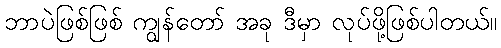
ဘာပဲဖြစ်ဖြစ် ကျွန်တော် အခု ဒီမှာ လုပ်ဖို့ဖြစ်ပါတယ်။